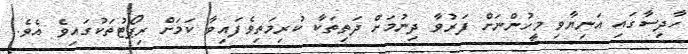
ހާދިސާގައި އަނިޔާވި މީހުންނަށް ފަރުވާ ދިނުމަށް ދަތިތަކާ ކުރިމަތިވެފައިވާ ކަމަށް ރިޕޯޓުތަކުގައިވެ އެވެ.